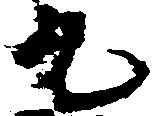
丸